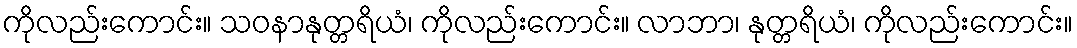
ကိုလည်းကောင်း။ သဝနာနုတ္တရိယံ၊ ကိုလည်းကောင်း။ လာဘာ၊ နုတ္တရိယံ၊ ကိုလည်းကောင်း။